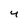
Character: 4